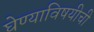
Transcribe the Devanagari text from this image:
घेण्याविषयीची